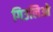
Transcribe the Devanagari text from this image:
गिउलिओ